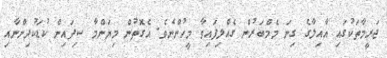
ޖަރީމާތަކުގައި އާއިލާގެ ގިނަ މެމްބަރުން ގެއްލިފައިވާ މީހުންނެވެ. އެގޮތުން މިޔަންމާ ސިފައިން ކުޑަކުދިންނާއި